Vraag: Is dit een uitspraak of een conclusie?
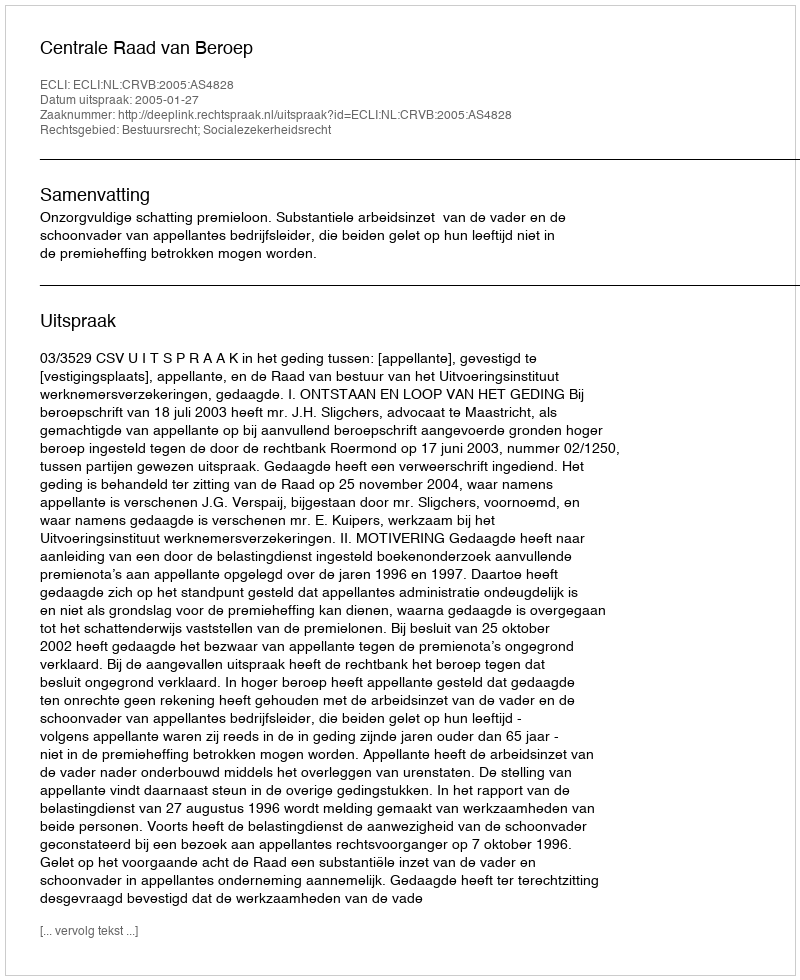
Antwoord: Uitspraak